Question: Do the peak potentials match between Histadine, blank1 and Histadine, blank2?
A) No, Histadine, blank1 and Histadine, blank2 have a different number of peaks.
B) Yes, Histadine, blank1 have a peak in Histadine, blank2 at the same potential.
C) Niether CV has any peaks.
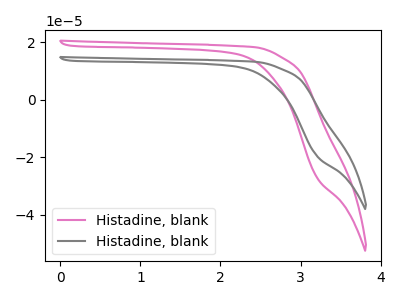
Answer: <think>The pink curve "Histadine, blank1" has no peaks. The gray curve "Histadine, blank2" has no peaks.</think>
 <answer>C) Niether CV has any peaks.</answer>
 <eval>C</eval>